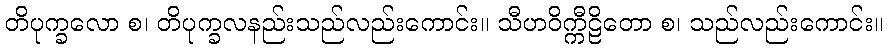
တိပုက္ခလော စ၊ တိပုက္ခလနည်းသည်လည်းကောင်း။ သီဟဝိက္ကီဠိတော စ၊ သည်လည်းကောင်း။